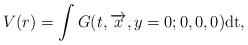
LaTeX: \begin{align*}V(r)=\int G(t,\overrightarrow{x},y=0;0,0,0)\rm{d}t,\end{align*}